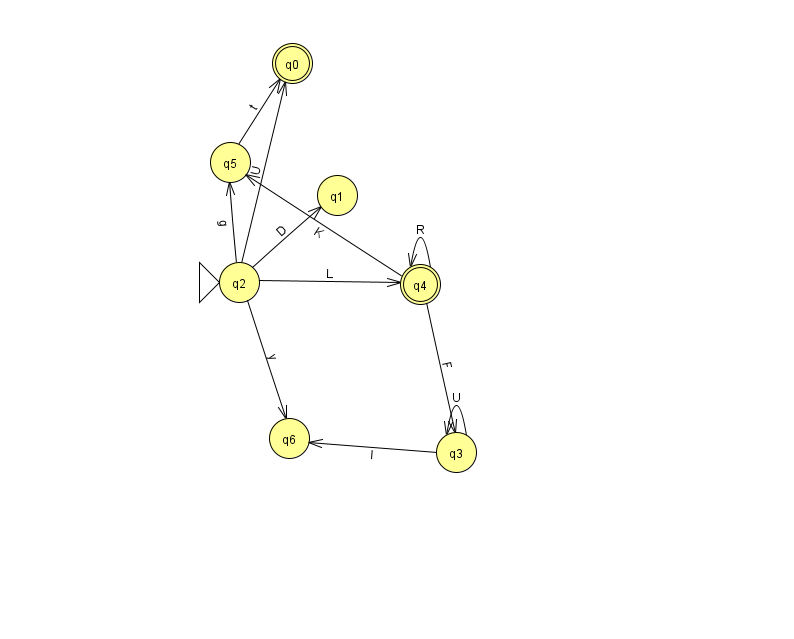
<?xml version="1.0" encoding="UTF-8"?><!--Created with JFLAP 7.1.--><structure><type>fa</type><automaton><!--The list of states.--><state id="0" name="q0"><x>292.0</x><y>50.0</y><final/></state><state id="1" name="q1"><x>337.0</x><y>182.0</y></state><state id="2" name="q2"><x>239.0</x><y>269.0</y><initial/></state><state id="3" name="q3"><x>456.0</x><y>439.0</y></state><state id="4" name="q4"><x>420.0</x><y>271.0</y><final/></state><state id="5" name="q5"><x>230.0</x><y>149.0</y></state><state id="6" name="q6"><x>289.0</x><y>425.0</y></state><!--The list of transitions.--><transition><from>2</from><to>1</to><read>D</read></transition><transition><from>4</from><to>5</to><read>K</read></transition><transition><from>4</from><to>4</to><read>R</read></transition><transition><from>3</from><to>6</to><read>I</read></transition><transition><from>2</from><to>4</to><read>L</read></transition><transition><from>2</from><to>5</to><read>g</read></transition><transition><from>3</from><to>3</to><read>U</read></transition><transition><from>4</from><to>3</to><read>F</read></transition><transition><from>2</from><to>6</to><read>y</read></transition><transition><from>5</from><to>0</to><read>t</read></transition><transition><from>2</from><to>0</to><read>U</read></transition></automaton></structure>